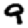
Digit: 9